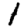
Digit: 1